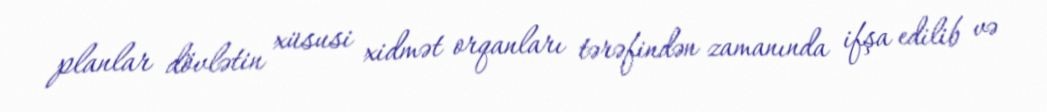
planlar dövlətin xüsusi xidmət orqanları tərəfindən zamanında ifşa edilib və